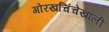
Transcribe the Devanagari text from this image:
गोरखचिंचेखाली